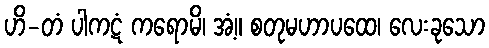
ဟိ-တံ ပါကဋံ ကရောမိ၊ အံ့။ စတုမဟာပထေ၊ လေးခုသော